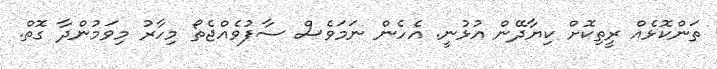
ތަންކޮޅެއް ރީތިކޮށް ކިޔާދޭން އުޅުނީ. އެހެން ނަމަވެސް ސާފުވެއްޖެތޯ މިހާރު މިވަމުންދާ ގޮތް.